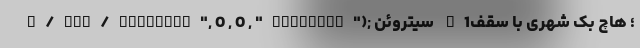
a/ads/redirect", 0 , 0 , "lazyload"); سیتروئن C1؛ هاچ بک شهری با سقف